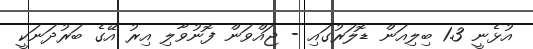
އުޅެނީ 1.3 ބިލިއަން ޑޮލަރުގައި - ޖައްވަން ފޮނުވާލި އިރު އޭގެ ބަރުދަނަކީ